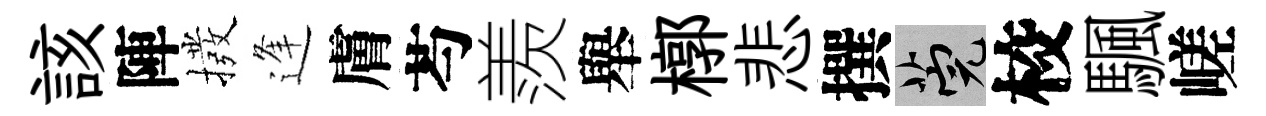
該陣撥逢膚芍羨舉槨悲撰筦校颿嵯